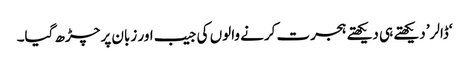
‘ڈالر’ دیکھتے ہی دیکھتے ہجرت کرنے والوں کی جیب اور زبان پر چڑھ گیا۔